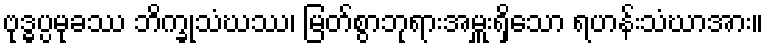
ဗုဒ္ဓပ္ပမုခဿ ဘိက္ခုသံဃဿ၊ မြတ်စွာဘုရားအမှူးရှိသော ရဟန်းသံဃာအား။